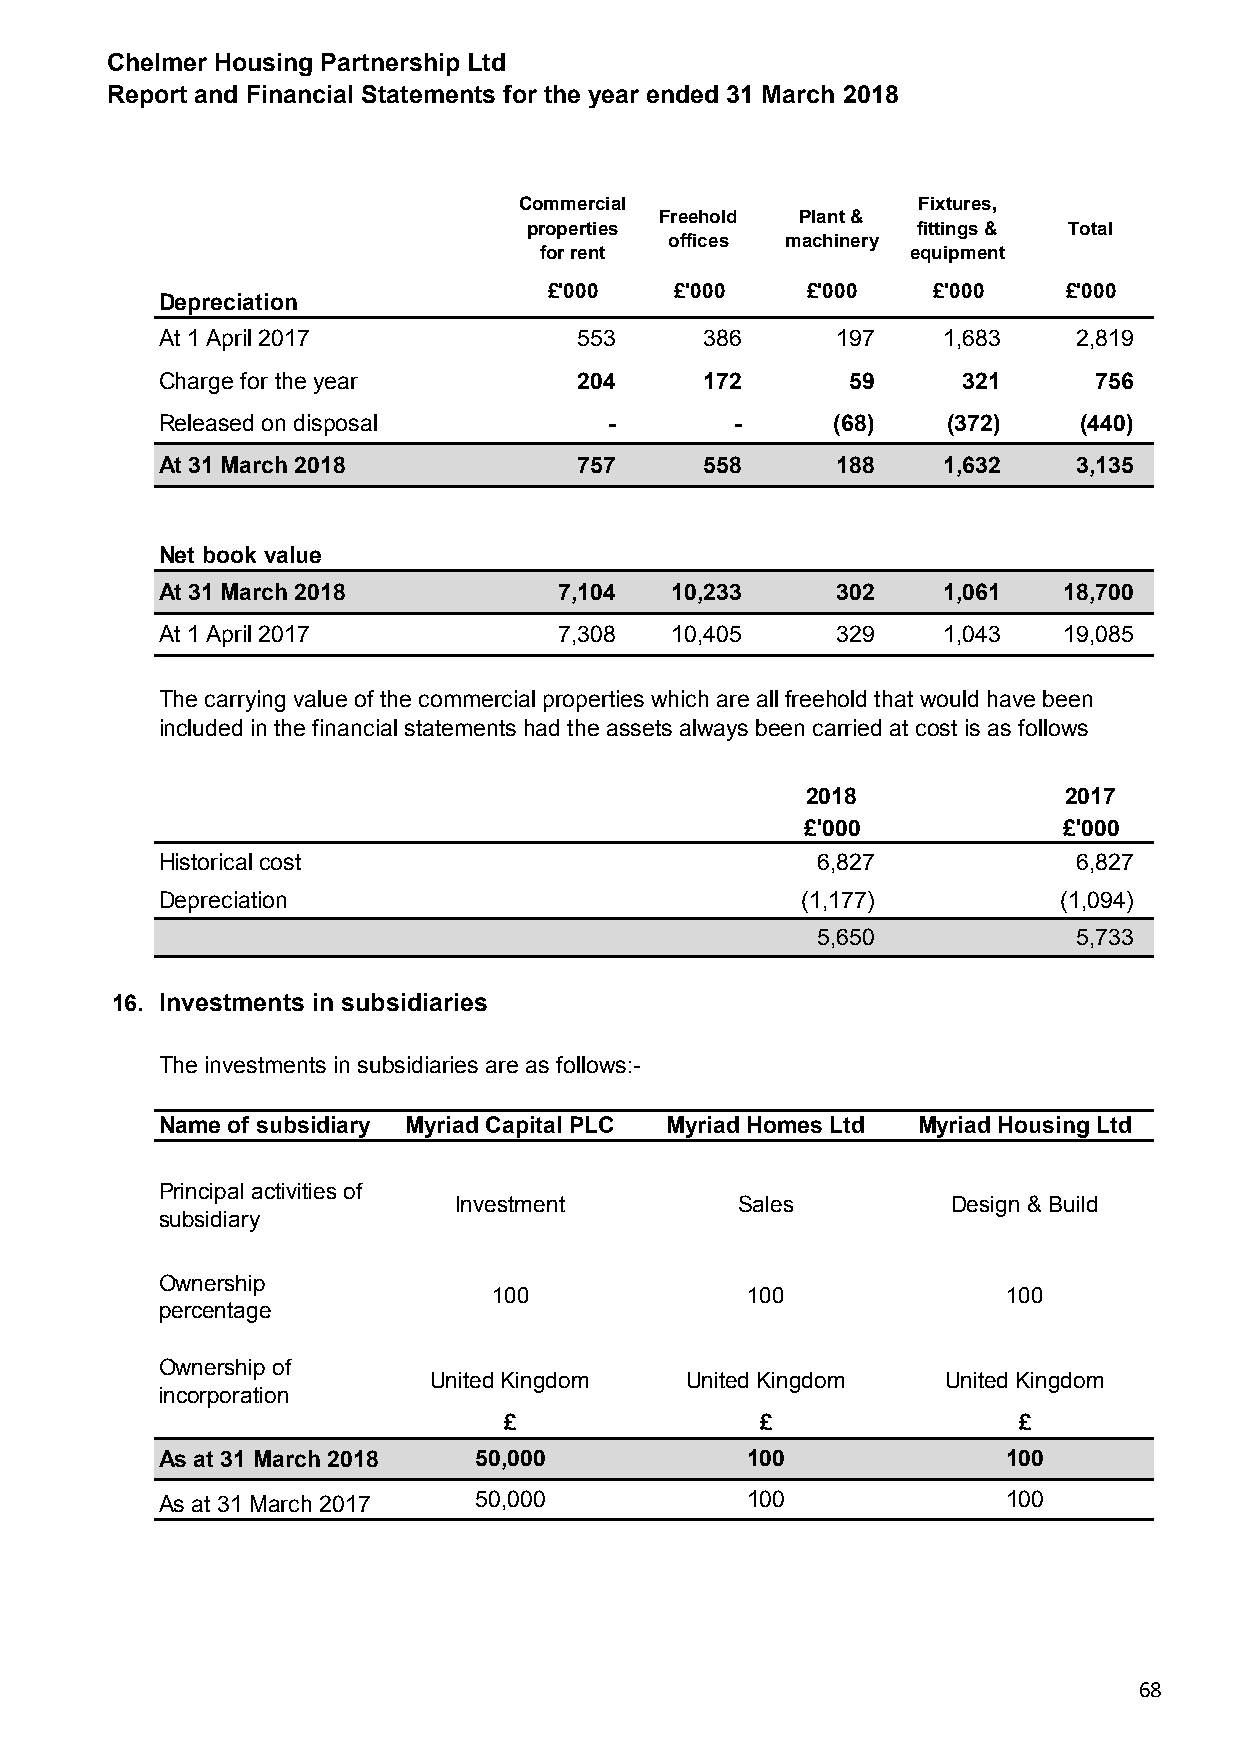
Chelmer Housing Partnership Ltd
 Report and Financial Statements for the year ended 31 March 2018
 Commercial                 Fixtures,
 Freehold Plant &
 properties                fittings & Total
 offices machinery
 for rent                equipment
 £'000    £'000   £'000    £'000    £'000
 Depreciation
 At 1 April 2017            553      386     197    1,683    2,819
 Charge for the year        204      172      59      321     756
 Released on disposal         -        -     (68)    (372)   (440)
 At 31 March 2018           757      558     188    1,632    3,135
 Net book value
 At 31 March 2018          7,104  10,233     302    1,061   18,700
 At 1 April 2017           7,308  10,405     329    1,043   19,085
 The carrying value of the commercial properties which are all freehold that would have been
 included in the financial statements had the assets always been carried at cost is as follows
 2018             2017
 £'000            £'000
 Historical cost                            6,827            6,827
 Depreciation                              (1,177)          (1,094)
 5,650            5,733
 16. Investments in subsidiaries
 The investments in subsidiaries are as follows:-
 Name of subsidiary Myriad Capital PLC Myriad Homes Ltd Myriad Housing Ltd
 Principal activities of
 Investment         Sales         Design & Build
 subsidiary
 Ownership
 100             100               100
 percentage
 Ownership of
 United Kingdom   United Kingdom   United Kingdom
 incorporation
 £                £                £
 As at 31 March 2018 50,000            100               100
 As at 31 March 2017 50,000            100               100
 68